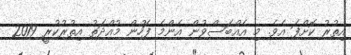
އިތުރު ކޮށްފަ އެވެ. މި އެއްބަސްވުން އެންމެ ފަހުން މުއްދަތު އިތުރުކުރީ 2019